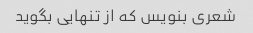
شعری بنویس که از تنهایی بگوید